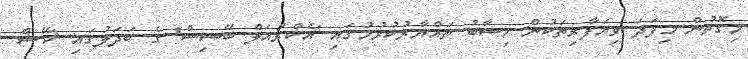
މިގޮތުން މިފަދަ ވިޔަފާރިތަކުން ހިސާބު ތައްޔާރުކުރުމުގައި 'އެކްރުއަލް ބޭސިސް' ގެ ބަދަލުގައި 'ކޭޝް